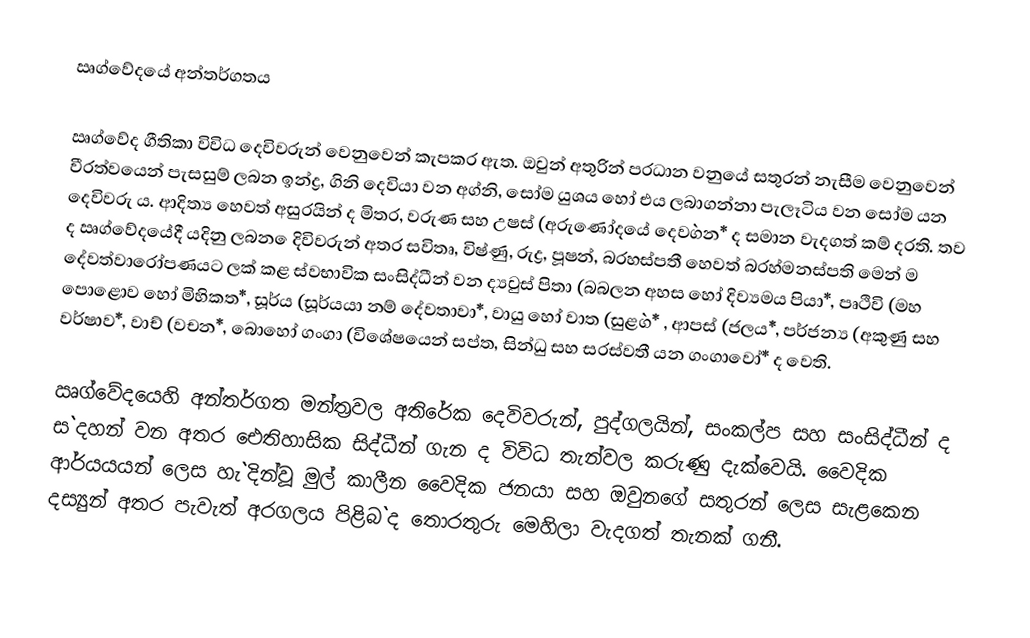
ඍග්වේදයේ අන්තර්ගතය

ඍග්වේද ගීතිකා විවිධ දෙවිවරුන් වෙනුවෙන් කැපකර ඇත. ඔවුන් අතුරින් ප‍්‍රධාන වනුයේ සතුරන් නැසීම වෙනුවෙන් වීරත්වයෙන් පැසසුම් ලබන ඉන්ද්‍ර, ගිනි දෙවියා වන අග්නි, සෝම යුශය හෝ එය ලබාගන්නා පැලෑටිය වන සෝම යන දෙවිවරු ය. ආදිත්‍ය හෙවත් අසුරයින් ද මිත‍්‍ර, වරුණ සහ උෂස් (අරුණෝදයේ දෙව`ගන* ද සමාන වැදගත් කම් දරති. තව ද ඍග්වේදයේදී යදිනු ලබන ෙදිවිවරුන් අතර සවිතෘ, විෂ්ණු, රුද්‍ර, පූෂන්, බ‍්‍රහස්පතී හෙවත් බ‍්‍රහ්මනස්පති මෙන් ම දේවත්වාරෝපණයට ලක් කළ ස්වභාවික සංසිද්ධීන් වන ද්‍යවුස් පිතා (බබලන අහස හෝ දිව්‍යමය පියා*, පෘථිවි (මහ පොළොව හෝ මිහිකත*, සූර්ය (සූර්යයා නම් දේවතාවා*, වායු හෝ වාත (සුළ`ග* , ආපස් (ජලය*, පර්ජන්‍ය (අකුණු සහ වර්ෂාව*, වාච් (වචන*, බොහෝ ගංගා (විශේෂයෙන් සප්ත, සින්ධු සහ සරස්වතී යන ගංගාවෝ* ද වෙති.

ඍග්වේදයෙහි අන්තර්ගත මන්ත‍්‍රවල අතිරේක දෙවිවරුන්, පුද්ගලයින්, සංකල්ප සහ සංසිද්ධීන් ද ස`දහන් වන අතර ඓතිහාසික සිද්ධීන් ගැන ද විවිධ තැන්වල කරුණු දැක්වෙයි. වෛදික ආර්යයයන් ලෙස හැ`දින්වූ මුල් කාලීන වෛදික ජනයා සහ ඔවුනගේ සතුරන් ලෙස සැළකෙන දස්‍යුන් අතර පැවැත් අරගලය පිළිබ`ද තොරතුරු මෙහිලා වැදගත් තැනක් ගනී.